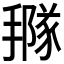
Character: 𢵩